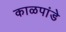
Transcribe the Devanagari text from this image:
काळपांडे